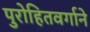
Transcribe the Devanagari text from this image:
पुरोहितवर्गाने